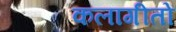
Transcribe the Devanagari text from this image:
कलागीतों